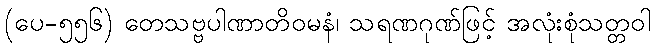
(ပေ-၅၅၆) တေသဗ္ဗပါဏာတိဝမနံ၊ သရဏဂုဏ်ဖြင့် အလုံးစုံသတ္တဝါ